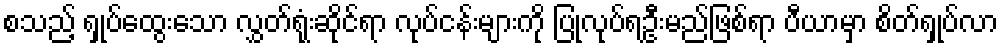
စသည့် ရှုပ်ထွေးသော လွှတ်ရုံးဆိုင်ရာ လုပ်ငန်းများကို ပြုလုပ်ရဦးမည်ဖြစ်ရာ ပီယာမှာ စိတ်ရှုပ်လာ